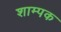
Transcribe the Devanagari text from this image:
शाम्पक